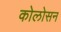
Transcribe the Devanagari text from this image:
कोलोसन